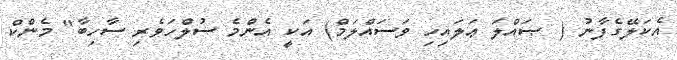
އެކަލޭގެފާނު ( ޞައްލަ ޢަލައިހި ވަސައްލަމް) އަކީ އެންމެ ސުލްހަވެރި ސާހިބާ" މެންކް